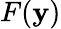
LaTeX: F(\mathbf{y})